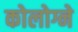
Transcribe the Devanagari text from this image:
कोलोग्ने